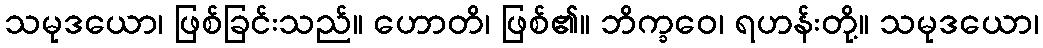
သမုဒယော၊ ဖြစ်ခြင်းသည်။ ဟောတိ၊ ဖြစ်၏။ ဘိက္ခဝေ၊ ရဟန်းတို့။ သမုဒယော၊